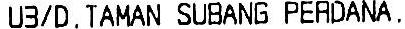
U3/D. TAMAN SUBANG PERDANA.